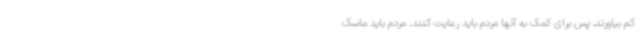
کم بیاورند، پس برای کمک به آنها مردم باید رعایت کنند. مردم باید ماسک